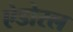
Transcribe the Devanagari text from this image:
ऐडोरल